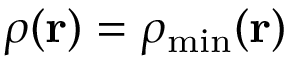
\rho ( { \bf r } ) = \rho _ { \mathrm { m i n } } ( { \bf r } )